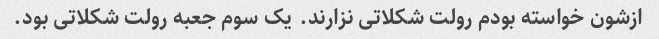
ازشون خواسته بودم رولت شکلاتی نزارند. یک سوم جعبه رولت شکلاتی بود.